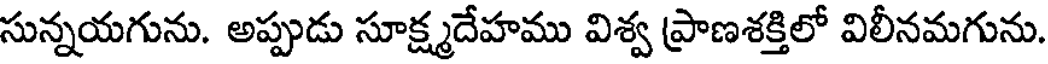
సున్నయగును. అప్పుడు సూక్ష్మదేహము విశ్వ ప్రాణశక్తిలో విలీనమగును.